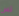
تس